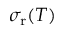
\sigma _ { \mathrm { r } } ( T )